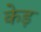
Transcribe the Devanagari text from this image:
केड़